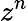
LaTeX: z^{n}